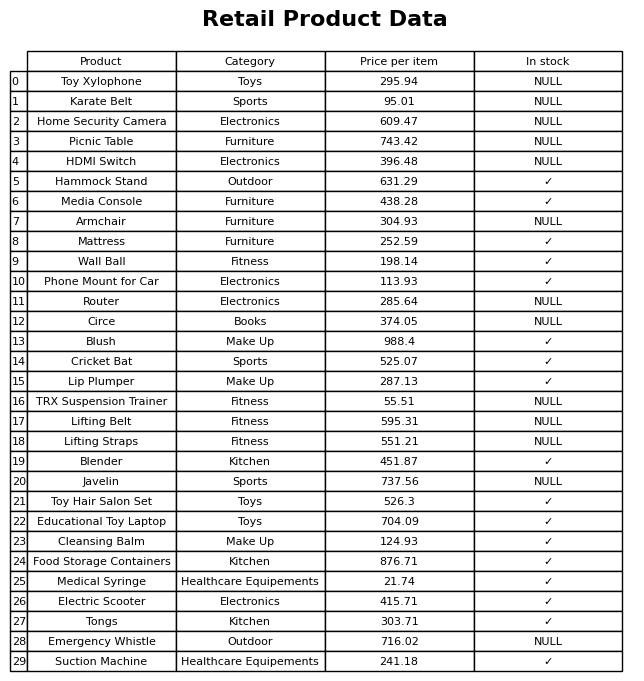
question: What is the price for Phone Mount for Car?
answer: The price of Phone Mount for Car is 113.93.